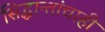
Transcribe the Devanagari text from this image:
सिद्धान्तांचाही